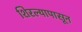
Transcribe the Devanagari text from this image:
शिरल्यापासून